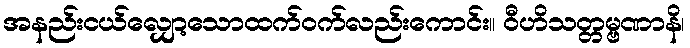
အနည်းငယ်လျှော့သောထက်ဝက်လည်းကောင်း။ ဝီဟိသတ္တမ္ဗဏာနိ၊